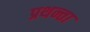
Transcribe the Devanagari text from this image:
प्रथन्ता